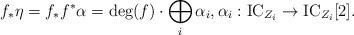
\begin{align*}f_\ast \eta = f_*f^* \alpha = \mathrm{deg}(f) \cdot \bigoplus_i \alpha_i,\alpha_i: \mathrm{IC}_{Z_i} \to \mathrm{IC}_{Z_i}[2].\end{align*}